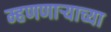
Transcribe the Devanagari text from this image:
म्हणणार्‍याच्या